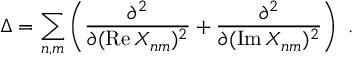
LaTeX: \Delta = \sum _ { n , m } \left( \frac { \partial ^ { 2 } } { \partial ( \mathrm { R e } \, X _ { n m } ) ^ { 2 } } + \frac { \partial ^ { 2 } } { \partial ( \mathrm { I m } \, X _ { n m } ) ^ { 2 } } \right) \ .